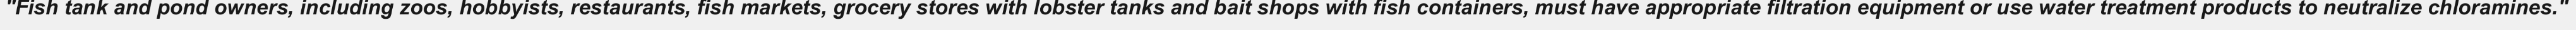
"Fish tank and pond owners, including zoos, hobbyists, restaurants, fish markets, grocery stores with lobster tanks and bait shops with fish containers, must have appropriate filtration equipment or use water treatment products to neutralize chloramines."